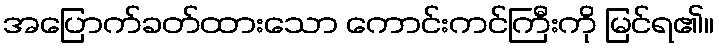
အပြောက်ခတ်ထားသော ကောင်းကင်ကြီးကို မြင်ရ၏။